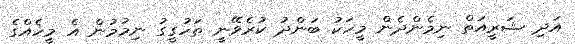
އަދި ޝަރީއަތް ނިމެންދެން މީހަކު ބަންދު ކުރެވޭނީ ތަހުގީގު ނިމުމުން އެ މީހެއްގެ